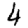
Digit: 4